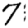
Digit: 7